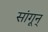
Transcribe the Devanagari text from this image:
सांगून्